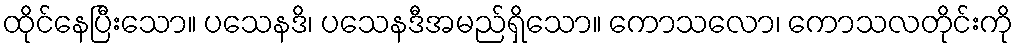
ထိုင်နေပြီးသော။ ပသေနဒိ၊ ပသေနဒီအမည်ရှိသော။ ကောသလော၊ ကောသလတိုင်းကို